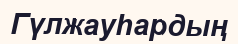
Гүлжауһардың